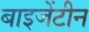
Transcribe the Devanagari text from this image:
बाइजेंटीन